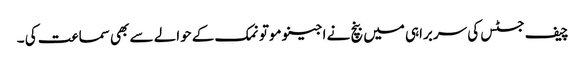
چیف جسٹس کی سربراہی میں بنچ نے اجینو موتو نمک کے حوالے سے بھی سماعت کی ۔